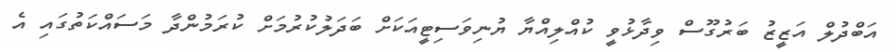
އަބްދުލް އަޒީޒު ބަރުގޫސް ވިދާޅުވީ ކުއްލިއްޔާ ޔުނިވަސިޓީއަކަށް ބަދަލުކުރުމަށް ކުރަމުންދާ މަސައްކަތުގައި އެ